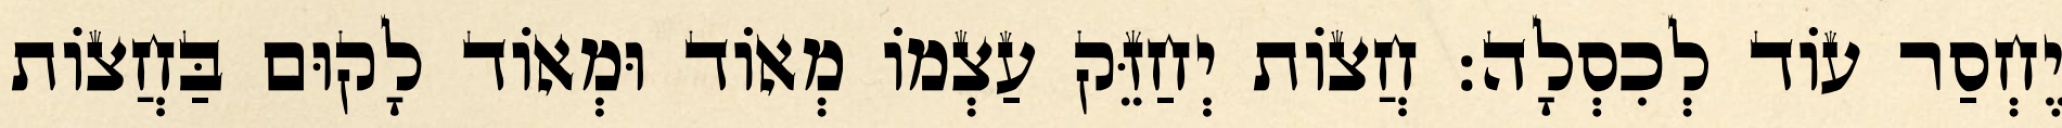
יֶחְסַר עוֹד לְכִסְלָה: חֲצוֹת יְחַזֵּק עַצְמוֹ מְאוֹד וּמְאוֹד לָקוּם בַּחֲצוֹת